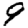
Digit: 9